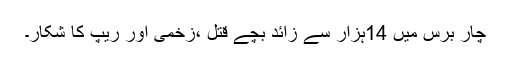
چار برس میں 14ہزار سے زائد بچے قتل ،زخمی اور ریپ کا شکار۔